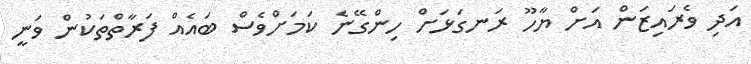
އަދި ވެރައިޒަން އަށް ޔާހޫ ރަނގަޅަށް ހިންގޭނެ ކަމަށްވެސް ބައެއް ފަރާތްތަކުން ވަނީ